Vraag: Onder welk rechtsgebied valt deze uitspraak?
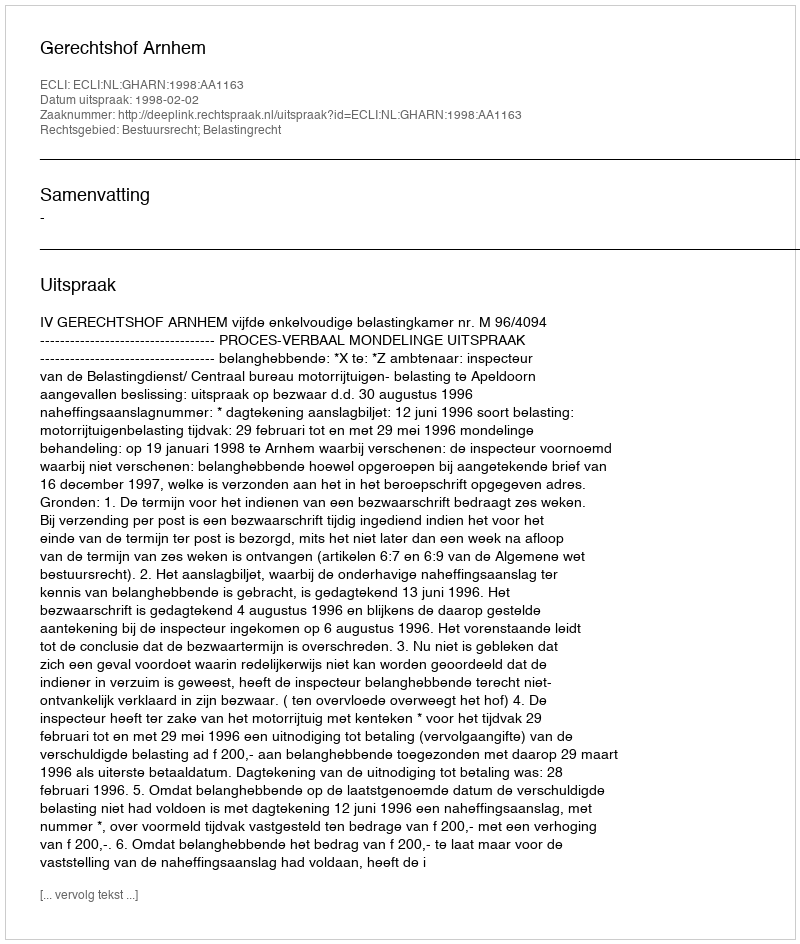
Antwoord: Bestuursrecht; Belastingrecht